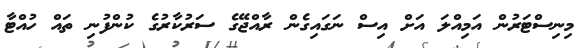
މިނިސްޓަރުން އަމިއްލަ އަށް އިސް ނަގައިގެން ރާއްޖޭގެ ސަރުކާރުގެ ކުންފުނި ތައް ހުއްޓާ